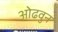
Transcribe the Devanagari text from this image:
ओढवुन